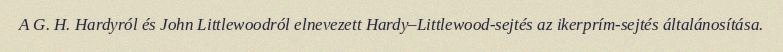
A G. H. Hardyról és John Littlewoodról elnevezett Hardy–Littlewood-sejtés az ikerprím-sejtés általánosítása.